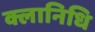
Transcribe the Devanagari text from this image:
क्लानिधि